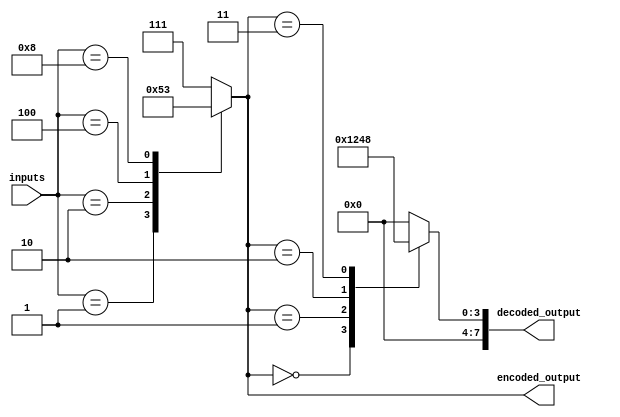
module priority_encoder_decoder(
  input [7:0] inputs,
  output reg [2:0] encoded_output,
  output reg [7:0] decoded_output
);

always @* begin
  // Priority Encoder
  case(inputs)
    8'b00000001: encoded_output = 3'b000;
    8'b00000010: encoded_output = 3'b001;
    8'b00000100: encoded_output = 3'b010;
    8'b00001000: encoded_output = 3'b011;
    // Add more priority encoding here as needed
    default: encoded_output = 3'b111; // Default priority for unassigned inputs
  endcase

  // Priority Decoder
  case(encoded_output)
    3'b000: decoded_output = 8'b00000001;
    3'b001: decoded_output = 8'b00000010;
    3'b010: decoded_output = 8'b00000100;
    3'b011: decoded_output = 8'b00001000;
    // Add more priority decoding here as needed
    default: decoded_output = 8'b00000000; // Default output for unassigned encodings
  endcase
end

endmodule